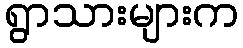
ရွာသားများက